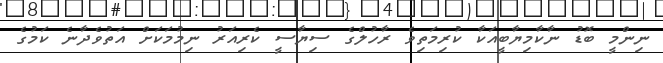
ނިންމީ ބޮޑު ނާކާމިޔާބީއަކާ ކުރިމަތިވެ ރާހުލްގެ ސިޔާސީ ކެރިއަރު ނިމުމަކަށް އަތުވެދާނެ ކަމުގެ